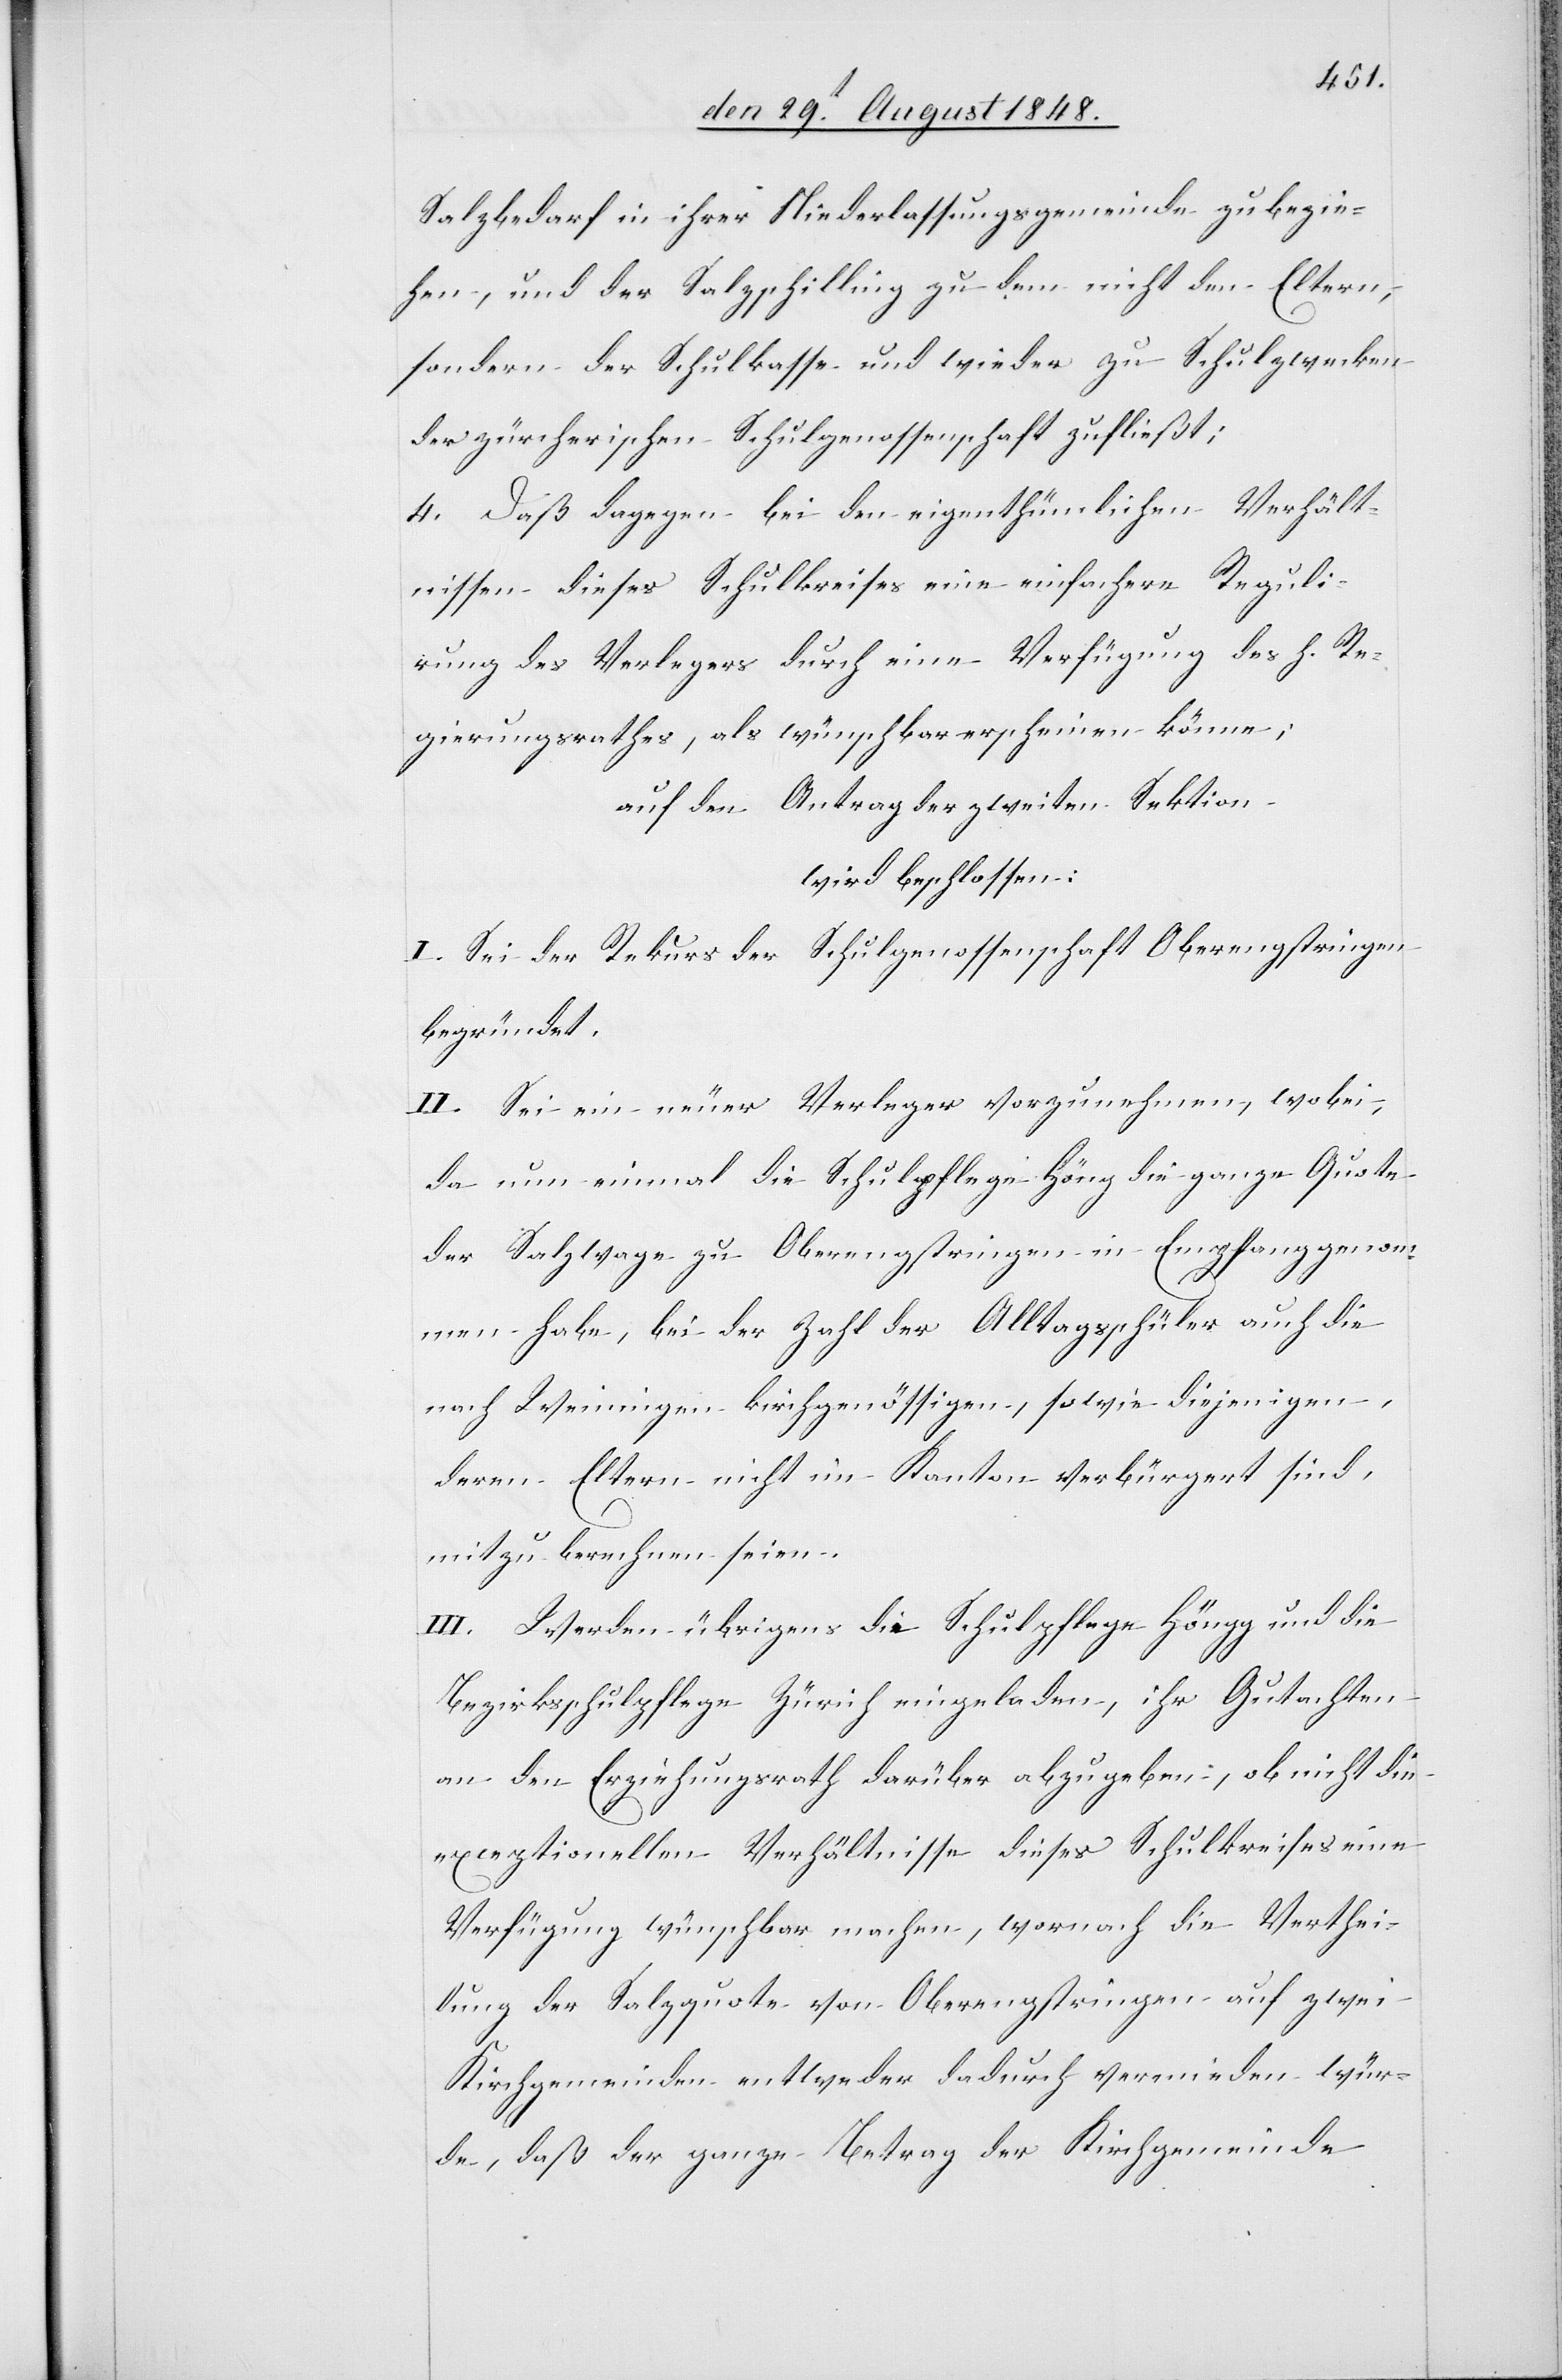
Salzbedarf in ihrer Niederlassungsgemeinde zu bezie¬
hen, und der Salzschilling zu dem nicht den Eltern,
sondern der Schulkasse und wieder zu Schulzwecken
der zürcherischen Schulgenossenschaft zufließt;
4. Daß dagegen bei den eigenthümlichen Verhält¬
nissen dieses Schulkreises eine einfachere Reguli¬
rung des Verlegers durch eine Verfügung des h. Re¬
gierungsrathes, als wünschbar erscheinen könne;
auf den Antrag der zweiten Sektion
wird beschlossen:
I. Sei der Rekurs der Schulgenossenschaft Oberengstringen
begründet.
II. Sei ein neuer Verleger vorzunehmen, wobei,
da nun einmal die Schulpflege Höng[g] die ganze Quote
der Salzwage zu Oberengstringen in Empfang genom¬
men habe, bei der Zahl der Alltagsschüler auch die
nach Weiningen kirchgenössigen, sowie diejenigen,
deren Eltern nicht im Kanton verbürgert sind,
mitzuberechnen seien.
III. Werden übrigens die Schulpflege Höngg und die
Bezirksschulpflege Zürich eingeladen, ihr Gutachten
an den Erziehungsrath darüber abzugeben, ob nicht die
exceptionellen Verhältnisse dieses Schulkreises eine
Verfügung wünschbar machen, wornach die Verthei¬
lung der Salzquote von Oberengstringen auf zwei
Kirchgemeinden entweder dadurch vermieden wür¬
den, daß der ganze Betrag der Kirchgemeinde